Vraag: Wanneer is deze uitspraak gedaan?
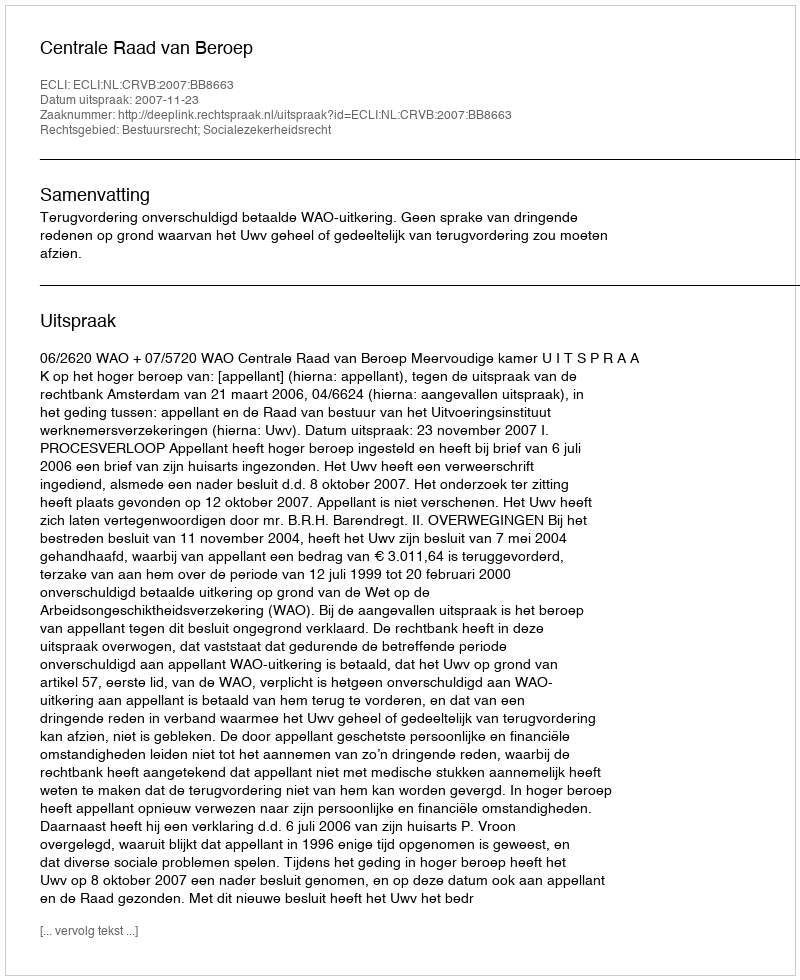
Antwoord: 2007-11-23